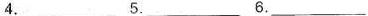
4.___ 5. ___ 6.___